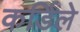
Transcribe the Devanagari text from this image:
कर्डिले